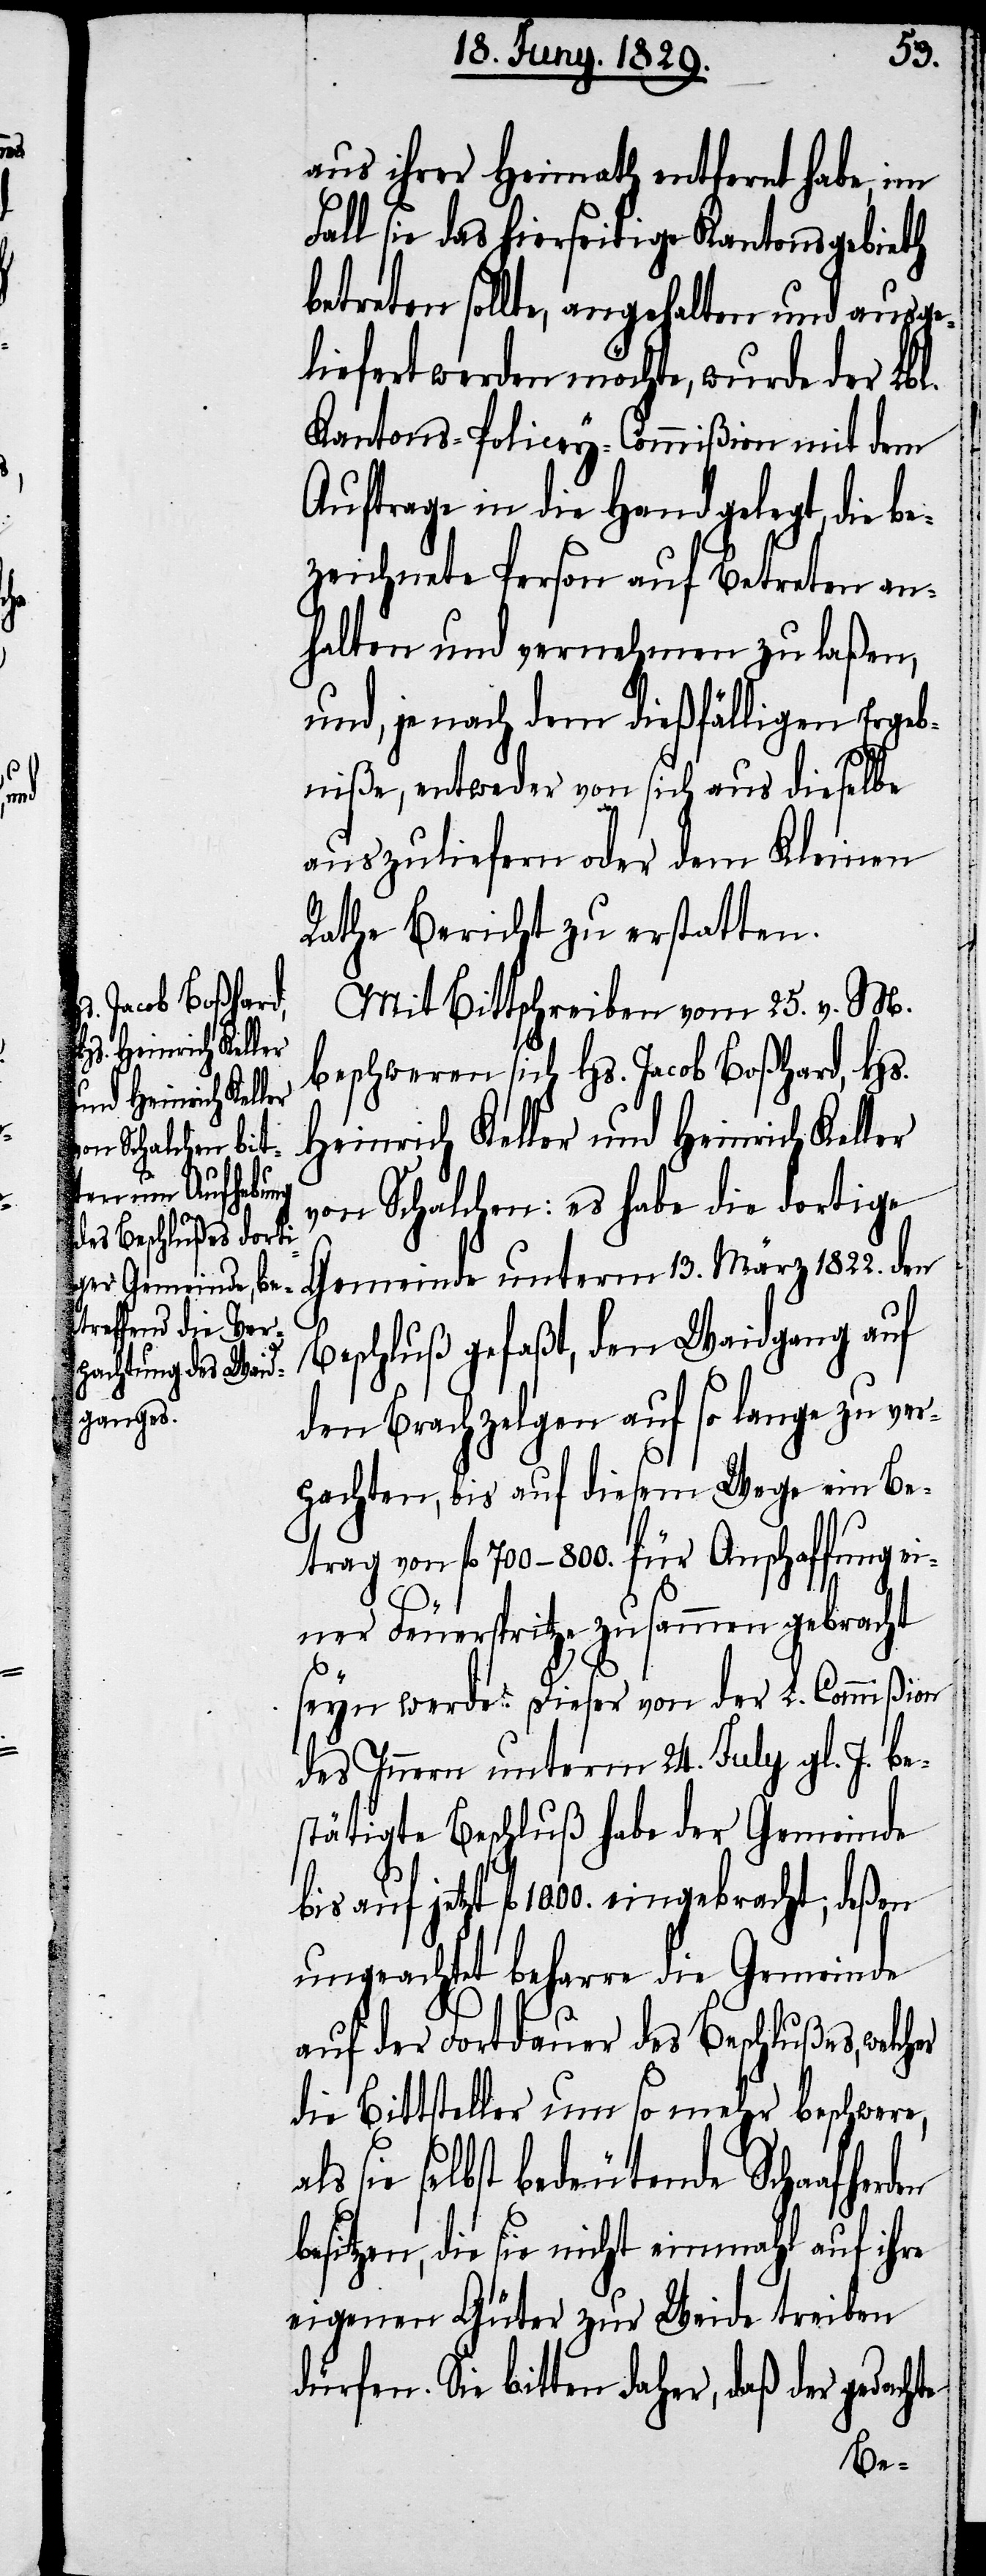
aus ihrer Heimath entfernt habe, im
Fall sie das hierseitige Kantonsgebieth
betreten sollte, angehalten und ausge¬
liefert werden möchte, wurde der Lbl.
Kantons-Policey-Commißion mit dem
Auftrage in die Hand gelegt, die be¬
zeichnete Person auf Betreten an¬
halten und vernehmen zu laßen,
und, je nach dem dießfälligen Ergeb¬
niße, entweder von sich aus dieselbe
auszuliefern oder dem Kleinen
Rathe Bericht zu erstatten.
Mit Bittschreiben vom 25. v. M.
beschweren sich Hs. Jacob Boßhard, Hs.
Heinrich Keller und Heinrich Keller
von Schalchen: es habe die dortige
Gemeinde unterm 13. März 1822. den
Beschluß gefaßt, den Waidgang auf
den Brachzelgen auf so lange zu ver¬
pachten, bis auf diesem Wege ein Be¬
trag von fl. 700–800. für Anschaffung ei¬
ner Feuerspritze zusammen gebracht
seyn werde. Dieser von der L. Commißion
des Innern unterm 24. July gl. J. be¬
stätigte Beschluß habe der Gemeinde
auf jetzt fl. 1000. eingebracht; deßen
ungeachtet beharre die Gemeinde
auf der Fortdauer des Beschlußes, welcher
die Bittsteller um so mehr beschwere,
sie selbst bedeutende Schaafherden
besitzen, die sie nicht einmahl auf ihre
eigenen Güter zur Weide treiben
dürfen. Sie bitten daher, daß der gedachte